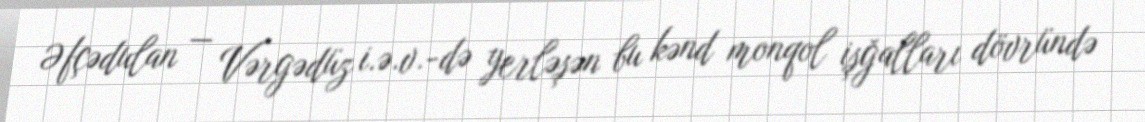
Əfçədulan — Vərgədüz i.ə.v.-də yerləşən bu kənd monqol işğalları dövründə